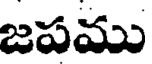
జపము